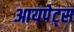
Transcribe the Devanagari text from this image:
आयपेट्स